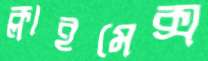
ক্লাইমেক্স